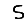
Digit: 5